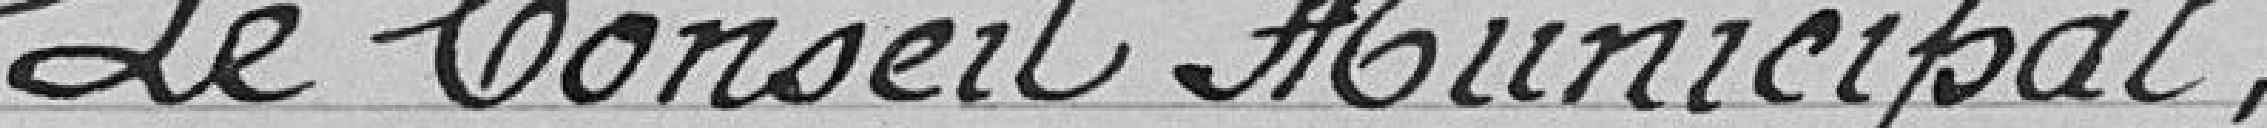
Le Conseil Municipal,